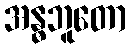
အန္ဓဘူတော